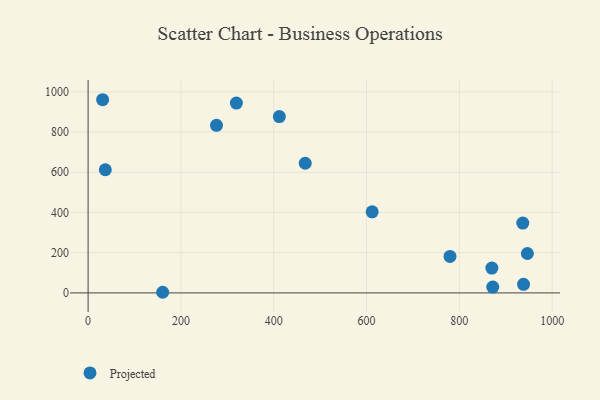
{"axis": {"x": "Ad Spend", "y": "Fuel Efficiency"}, "legend": ["Projected"], "data": [{"x": "870.1", "y": 123.6, "type": "Projected"}, {"x": "319.5", "y": 943.7, "type": "Projected"}, {"x": "467.9", "y": 644.7, "type": "Projected"}, {"x": "276.7", "y": 833.4, "type": "Projected"}, {"x": "779.9", "y": 181.3, "type": "Projected"}, {"x": "412.1", "y": 877.0, "type": "Projected"}, {"x": "160.7", "y": 3.1, "type": "Projected"}, {"x": "31.3", "y": 960.6, "type": "Projected"}, {"x": "938.3", "y": 42.5, "type": "Projected"}, {"x": "872.0", "y": 29.2, "type": "Projected"}, {"x": "936.7", "y": 347.0, "type": "Projected"}, {"x": "946.6", "y": 196.0, "type": "Projected"}, {"x": "37.1", "y": 612.3, "type": "Projected"}, {"x": "612.1", "y": 403.1, "type": "Projected"}]}